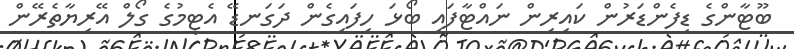
ބޫޓާންގެ ޑިފެންޑަރުން ކައިރިން ނައްޓާފައި ބޯޅަ ހިފައިގެން ދަގަނޑޭ އެޓީމުގެ ގޯލް އޭރިޔާތެރޭން